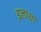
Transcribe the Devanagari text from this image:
इलाथा